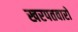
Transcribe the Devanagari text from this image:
खरपतवारो